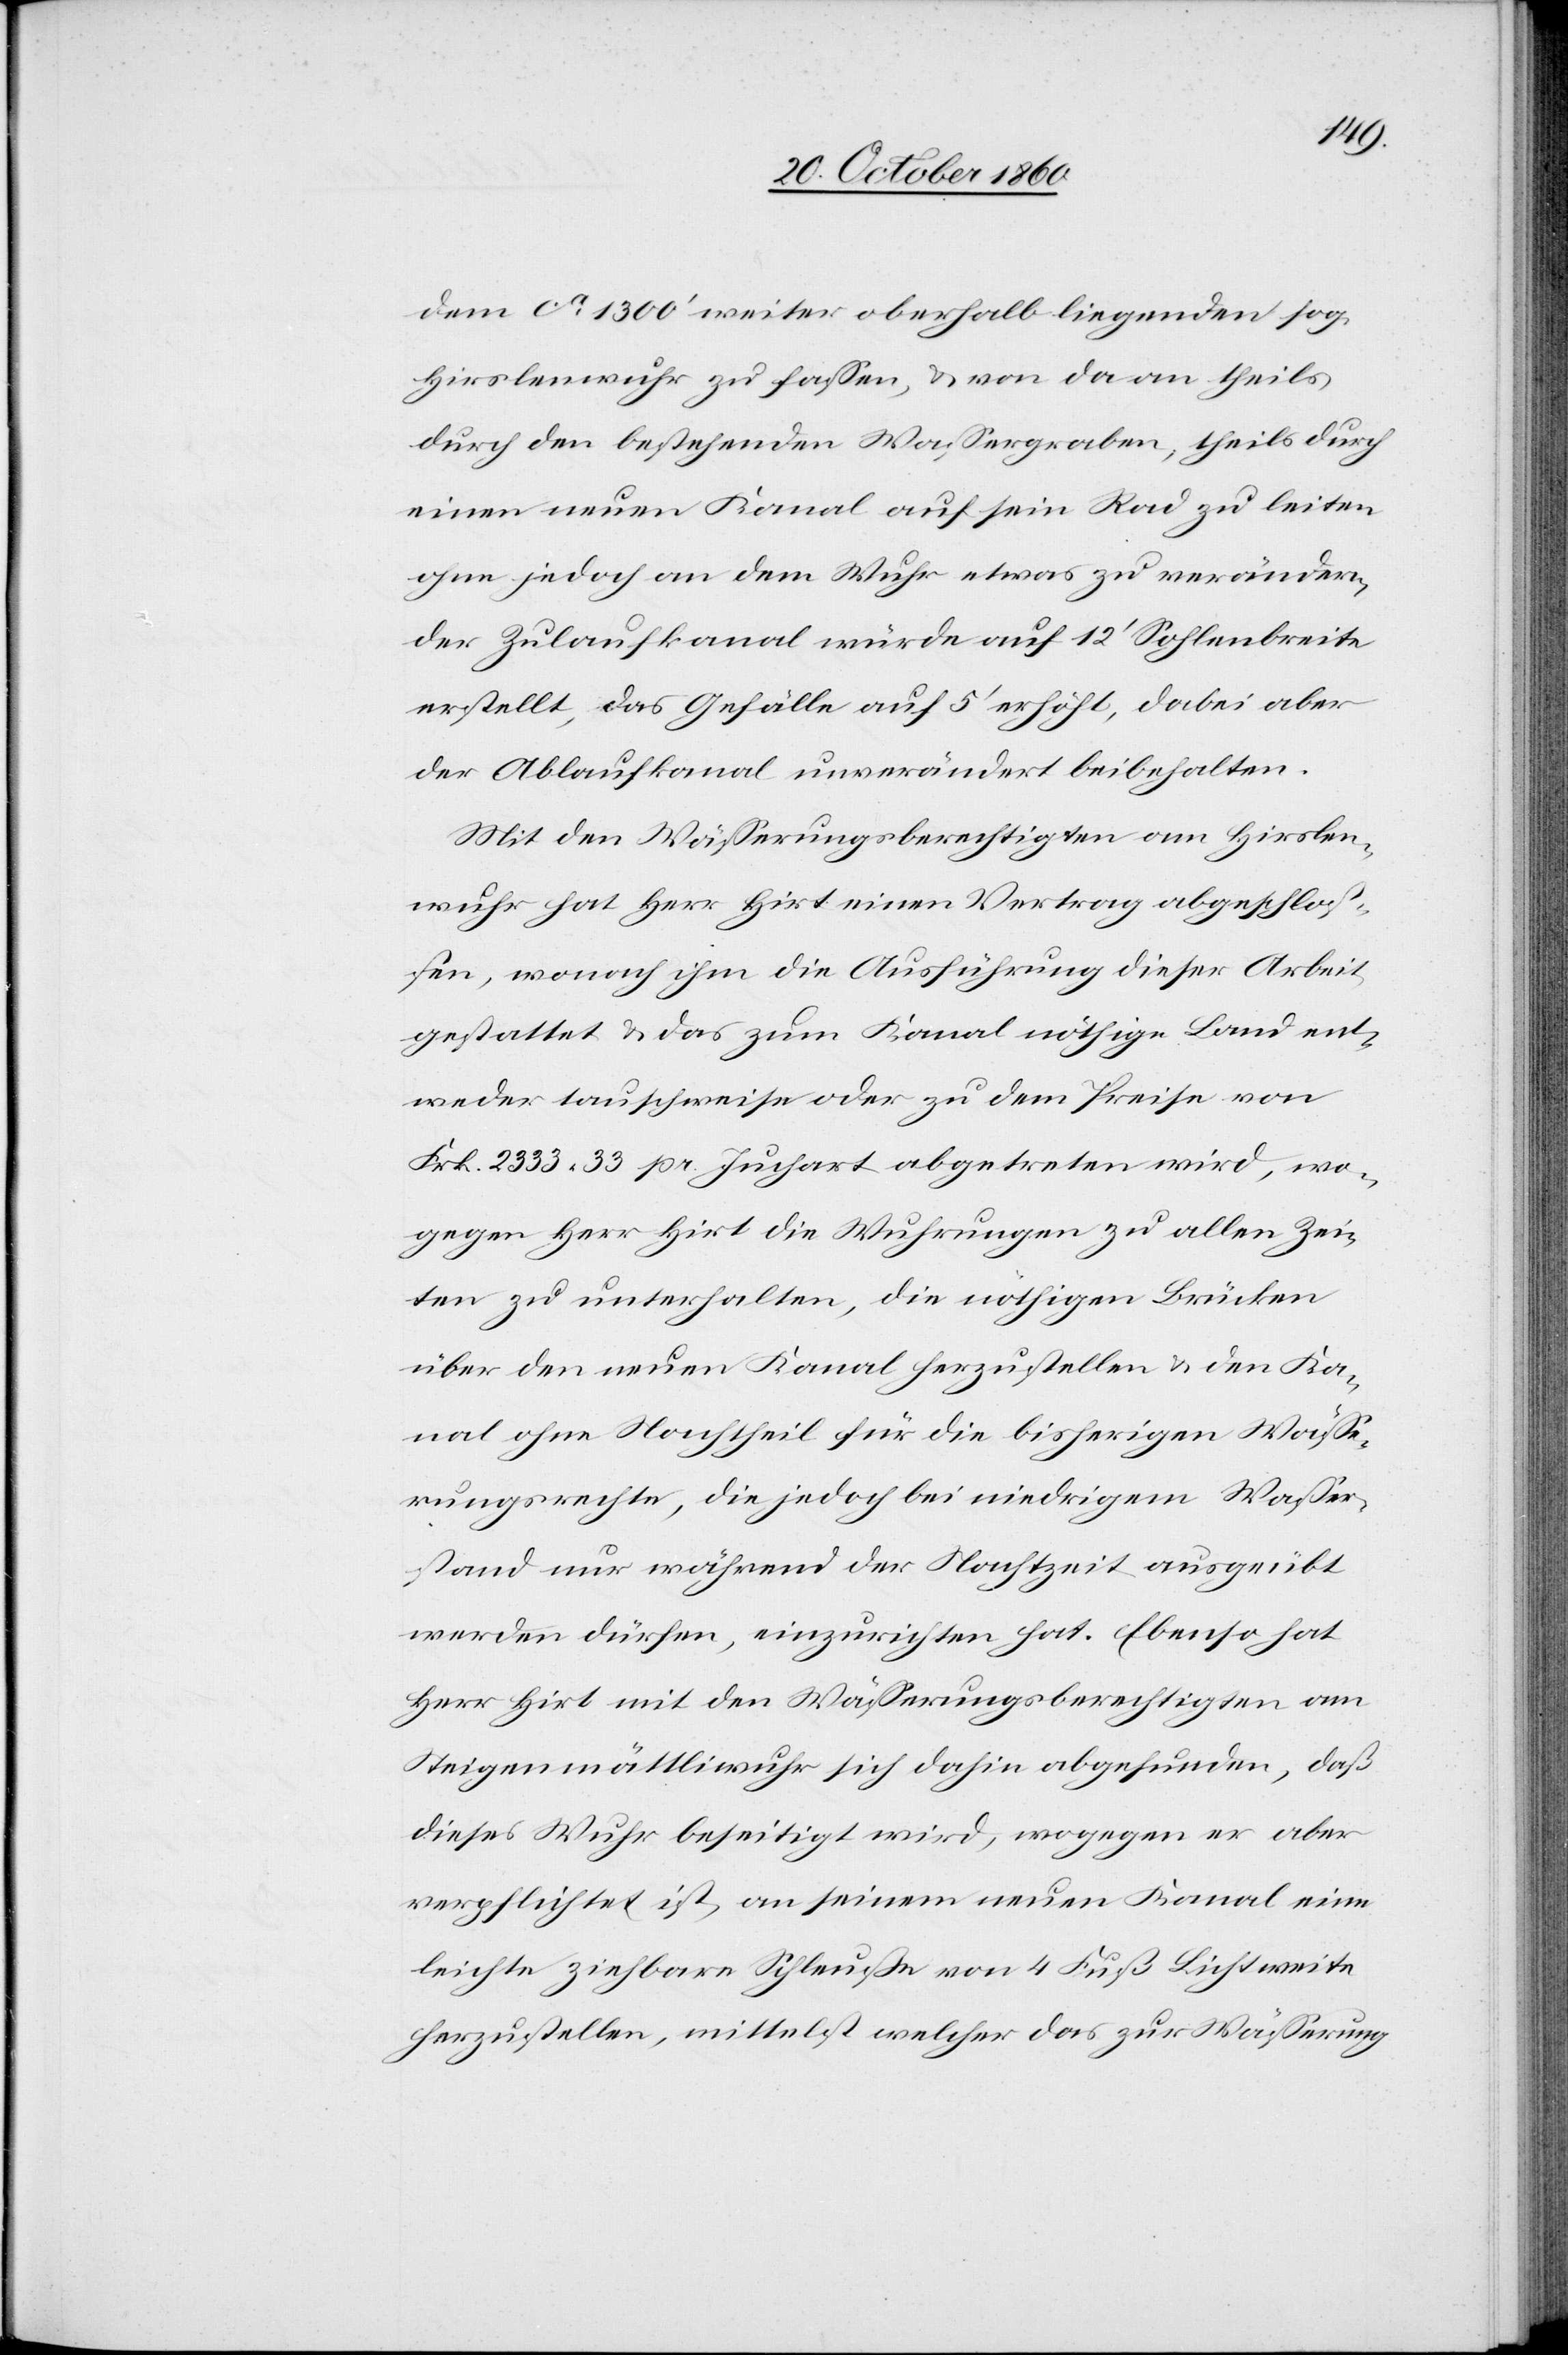
dem ca 1300’ weiter oberhalb liegenden sog.
Hirslenwuhr zu fassen, u. von da an theils
durch den bestehenden Wassergraben, theils durch
einen neuen Kanal auf sein Rad zu leiten
ohne jedoch an dem Wuhr etwas zu verändern¬
der Zulaufkanal würde auf 12’ Sohlenbreite
erstellt, das Gefälle auf 5’ erhöht, dabei aber
der Ablaufkanal unverändert beibehalten.
Mit den Wässerungsberechtigten am Hirslen¬
wuhr hat Herr Hirt einen Vertrag abgeschlos¬
sen, wonach ihm die Ausführung dieser Arbeit
gestattet u. das zum Kanal nöthige Land ent¬
weder tauschweise oder zu dem Preise von
Frk. 2333,33 pr. Juchart abgetreten wird, wo¬
gegen Herr Hirt die Wuhrungen zu allen Zei¬
ten zu unterhalten, die nöthigen Brücken
über den neuen Kanal herzustellen u. den Ka¬
nal ohne Nachtheil für die bisherigen Wässe¬
rungsrechte, die jedoch bei niedrigem Wasser¬
stand nur während der Nachtzeit ausgeübt
werden dürfen, einzurichten hat. Ebenso hat
Herr Hirt mit den Wässerungsberechtigten am
Steigenmättliwuhr sich dahin abgefunden, daß
dieses Wuhr beseitigt wird, wogegen er aber
verpflichtet ist, an seinem neuen Kanal eine
leichte ziehbare Schleuße von 4 Fuß Lichtweite
herzustellen, mittelst welcher das zur Wässerung